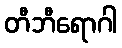
တီဘီရောဂါ